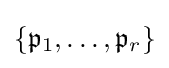
\{{\mathfrak {p}}_{1},\dots ,{\mathfrak {p}}_{r}\}